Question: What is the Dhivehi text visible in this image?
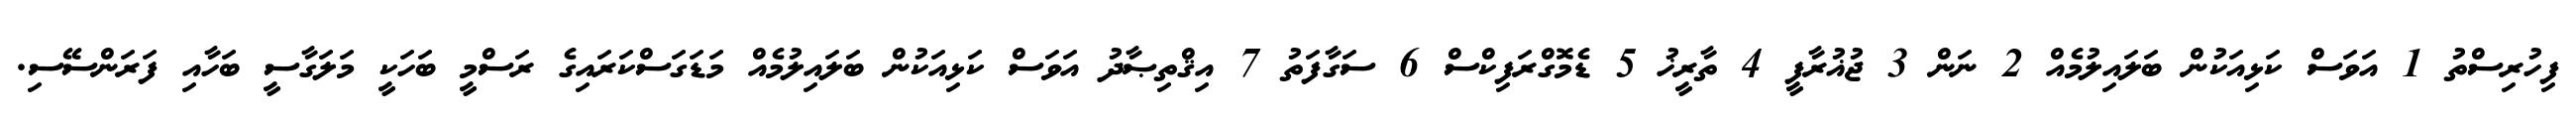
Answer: ފިހުރިސްތު 1 އަވަސް ކަޅިއަކުން ބަލައިލުމެއް 2 ނަން 3 ޖުޣުރާފީ 4 ތާރީޚު 5 ޑެމޮގްރަފިކްސް 6 ސަގާފަތު 7 އިޤްތިޞާދު އަވަސް ކަޅިއަކުން ބަލައިލުމެއް މަޑަގަސްކަރައިގެ ރަސްމީ ބަހަކީ މަލަގާސީ ބަހާއި ފަރަންސޭސި.